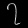
Digit: ၇